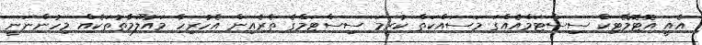
އެއީ އޮޓޮމޭޓިކް ސިސްޓަމްއެއްގަ މަސައްކަތް ކުރީމަ ސިސްޓަމްގެ ތެރެއިން އެހުރިހާ މައުލޫމާތުތަކެއް މިހުންނަނީ